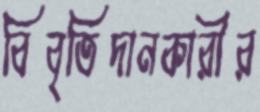
বিবৃতিদানকারীর